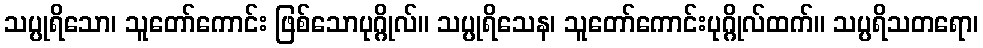
သပ္ပုရိသော၊ သူတော်ကောင်း ဖြစ်သောပုဂ္ဂိုလ်။ သပ္ပုရိသေန၊ သူတော်ကောင်းပုဂ္ဂိုလ်ထက်။ သပ္ပရိသတရော၊